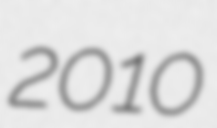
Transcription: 2010